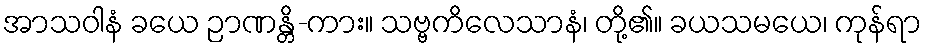
အာသဝါနံ ခယေ ဉာဏန္တိ-ကား။ သဗ္ဗကိလေသာနံ၊ တို့၏။ ခယသမယေ၊ ကုန်ရာ